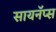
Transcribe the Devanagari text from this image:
सायनॅप्स